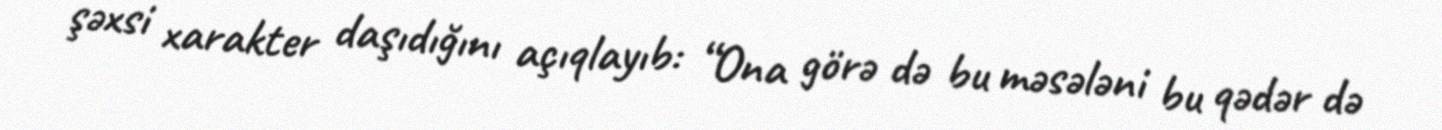
şəxsi xarakter daşıdığını açıqlayıb: “Ona görə də bu məsələni bu qədər də